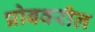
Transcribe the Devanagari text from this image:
प्रोबवरील